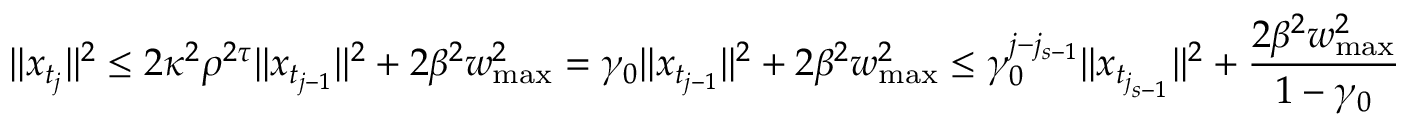
\| x _ { t _ { j } } \| ^ { 2 } \leq 2 \kappa ^ { 2 } \rho ^ { 2 \tau } \| x _ { t _ { j - 1 } } \| ^ { 2 } + 2 \beta ^ { 2 } w _ { \operatorname* { m a x } } ^ { 2 } = \gamma _ { 0 } \| x _ { t _ { j - 1 } } \| ^ { 2 } + 2 \beta ^ { 2 } w _ { \operatorname* { m a x } } ^ { 2 } \leq \gamma _ { 0 } ^ { j - j _ { s - 1 } } \| x _ { t _ { j _ { s - 1 } } } \| ^ { 2 } + \frac { 2 \beta ^ { 2 } w _ { \operatorname* { m a x } } ^ { 2 } } { 1 - \gamma _ { 0 } }